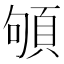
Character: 䪷